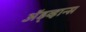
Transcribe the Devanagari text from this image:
ॲड्व्हान्स